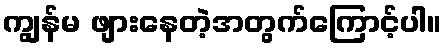
ကျွန်မ ဖျားနေတဲ့အတွက်ကြောင့်ပါ။